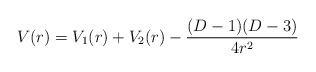
\begin{align*}V(r)=V_1(r)+V_2(r)-\frac{(D-1)(D-3)}{4r^2}\end{align*}